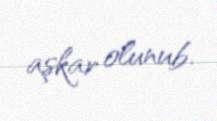
aşkar olunub.